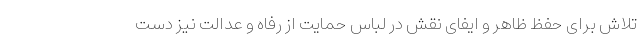
تلاش برای حفظ ظاهر و ایفای نقش در لباس حمایت از رفاه و عدالت نیز دست